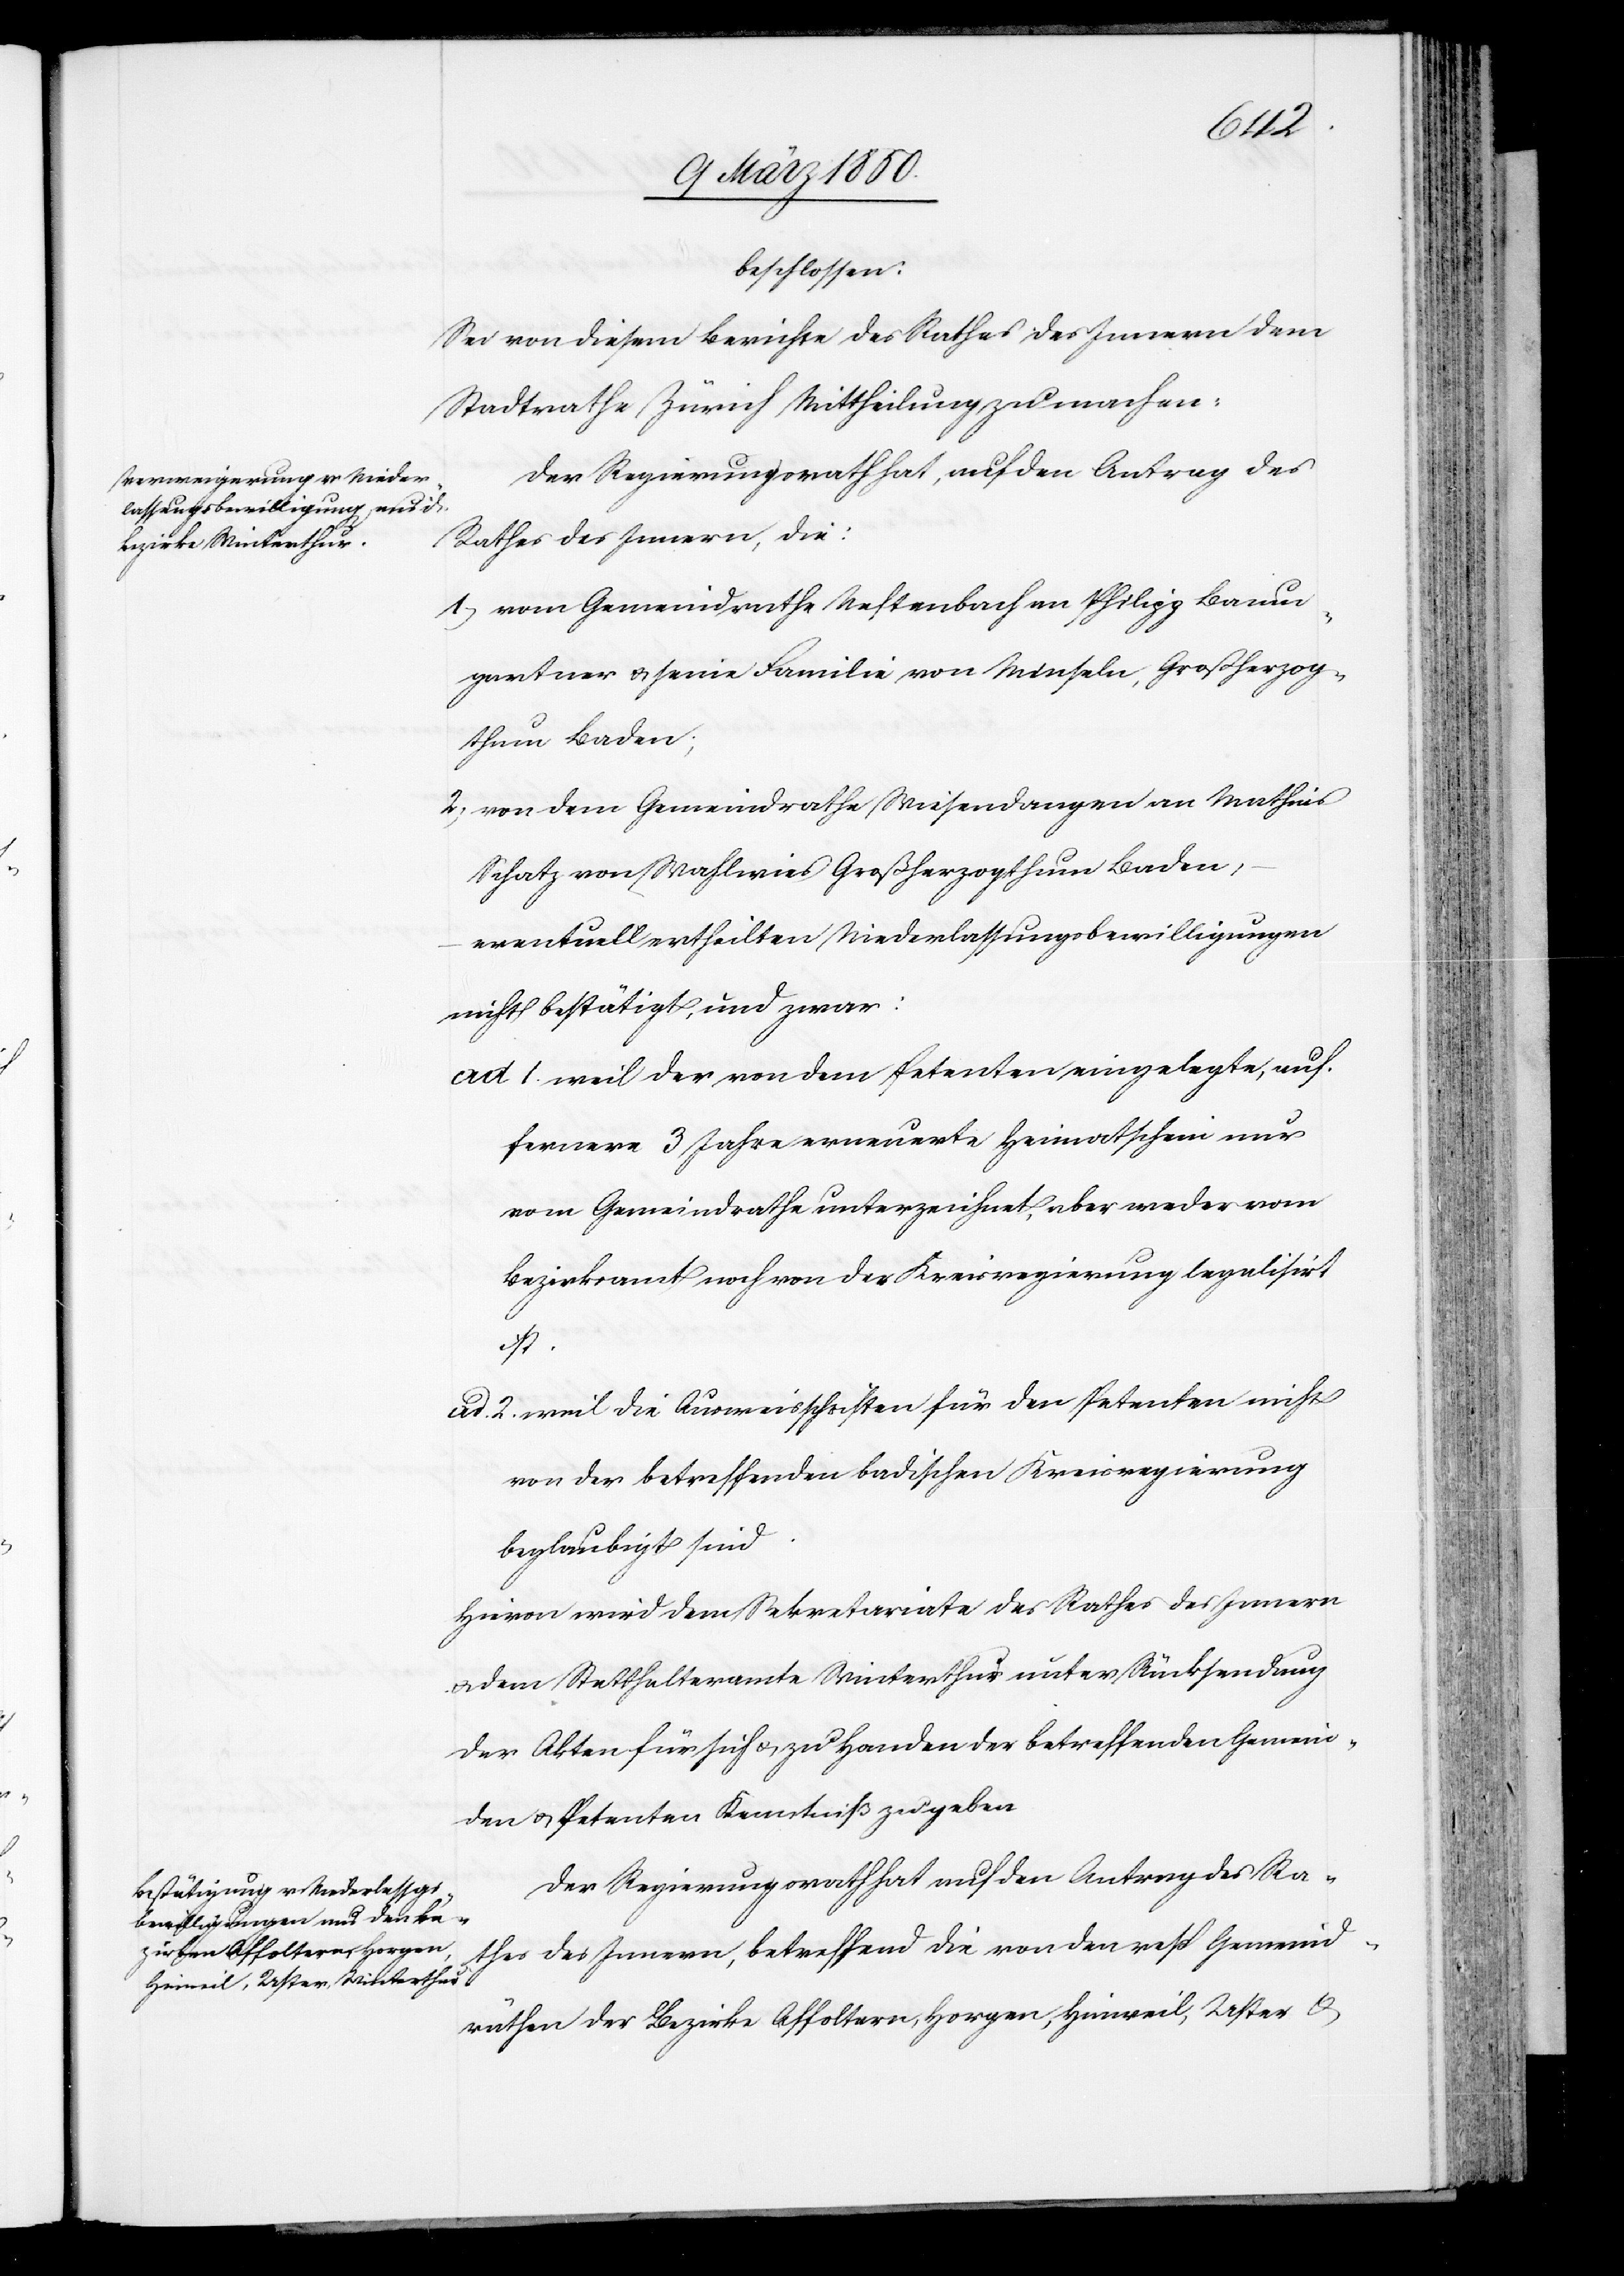
beschlossen:
Sei von diesem Berichte des Rathes des Innern dem
Stadtrathe Zürich Mittheilung zu machen.
Der Regierungsrath hat, auf den Antrag des
Rathes des Innern, die:
1) vom Gemeindrathe Neftenbach an Philipp Baum¬
gartner u. seine Familie von Minseln, Großherzog¬
thum Baden;
2) von dem Gemeindrathe Wiesendangen an Mathias
Schatz von Wahlwies Großherzogthum Baden,
eventuell ertheilten Niederlassungsbewilligungen
nicht bestätigt, und zwar:
ad. 1. weil der von dem Petenten eingelegte, auf
fernere 3 Jahre erneuerte Heimatschein nur
vom Gemeindrathe unterzeichnet, aber weder vom
Bezirksamt noch von der Kreisregierung legalisirt
ist.
ad. 2. weil die Ausweisschriften für den Petenten nicht
von der betreffenden badischen Kreisregierung
beglaubigt sind.
Hievon wird dem Sekretariate des Rathes des Innern
u. dem Statthalteramte Winterthur unter Rücksendung
der Akten für sich u. zu Handen der betreffenden Gemein¬
den u. Petenten Kenntniß zu geben.
Der Regierungsrath hat auf den Antrag des Ra¬
thes des Innern, betreffend die von den resp Gemeind¬
räthen der Bezirke Affoltern, Horgen, Hinweil, Uster u.